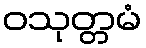
ဝသုတ္တမံ